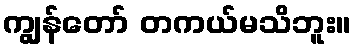
ကျွန်တော် တကယ်မသိဘူး။